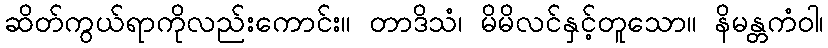
ဆိတ်ကွယ်ရာကိုလည်းကောင်း။ တာဒိသံ၊ မိမိလင်နှင့်တူသော။ နိမန္တကံဝါ၊